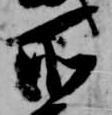
所